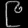
Digit: ၉